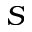
S